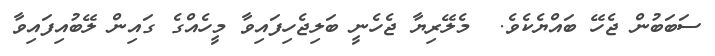
ސަބަބުން ޖެހޭ ބައްޔެކެވެ.  މެލޭރިޔާ ޖެހެނީ ބަލިޖެހިފައިވާ މީހެއްގެ ގައިން ލޭބުއިފައިވާ